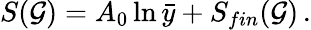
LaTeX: S({\cal G})=A_{0}\ln\bar{y}+S_{fin}({\cal G})\, .